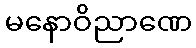
မနောဝိညာဏေ